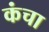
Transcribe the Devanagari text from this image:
कंचा